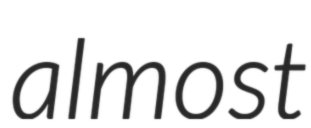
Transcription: almost